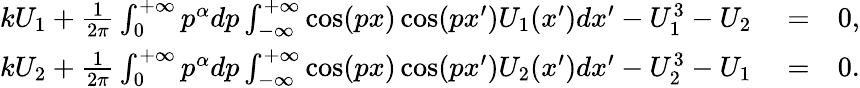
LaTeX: \begin{array}{rlr}{kU_{1}+\frac{1}{2\pi}\int_{0}^{+\infty}p^{\alpha}dp\int_{-\infty}^{+\infty}\cos(px)\cos(px^{\prime})U_{1}(x^{\prime})dx^{\prime}-U_{1}^{3}-U_{2}}&{{}=}&{0,}\\ {kU_{2}+\frac{1}{2\pi}\int_{0}^{+\infty}p^{\alpha}dp\int_{-\infty}^{+\infty}\cos(px)\cos(px^{\prime})U_{2}(x^{\prime})dx^{\prime}-U_{2}^{3}-U_{1}}&{{}=}&{0.}\end{array}